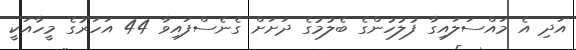
އަދި އެ މައްސަލައިގާ ފުލުހުންގެ ބެލުމުގެ ދަށަށް ގެނެސްފައިވާ 44 އަހަރުގެ މީހާއަކީ